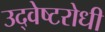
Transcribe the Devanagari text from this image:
उद्वेष्टरोधी